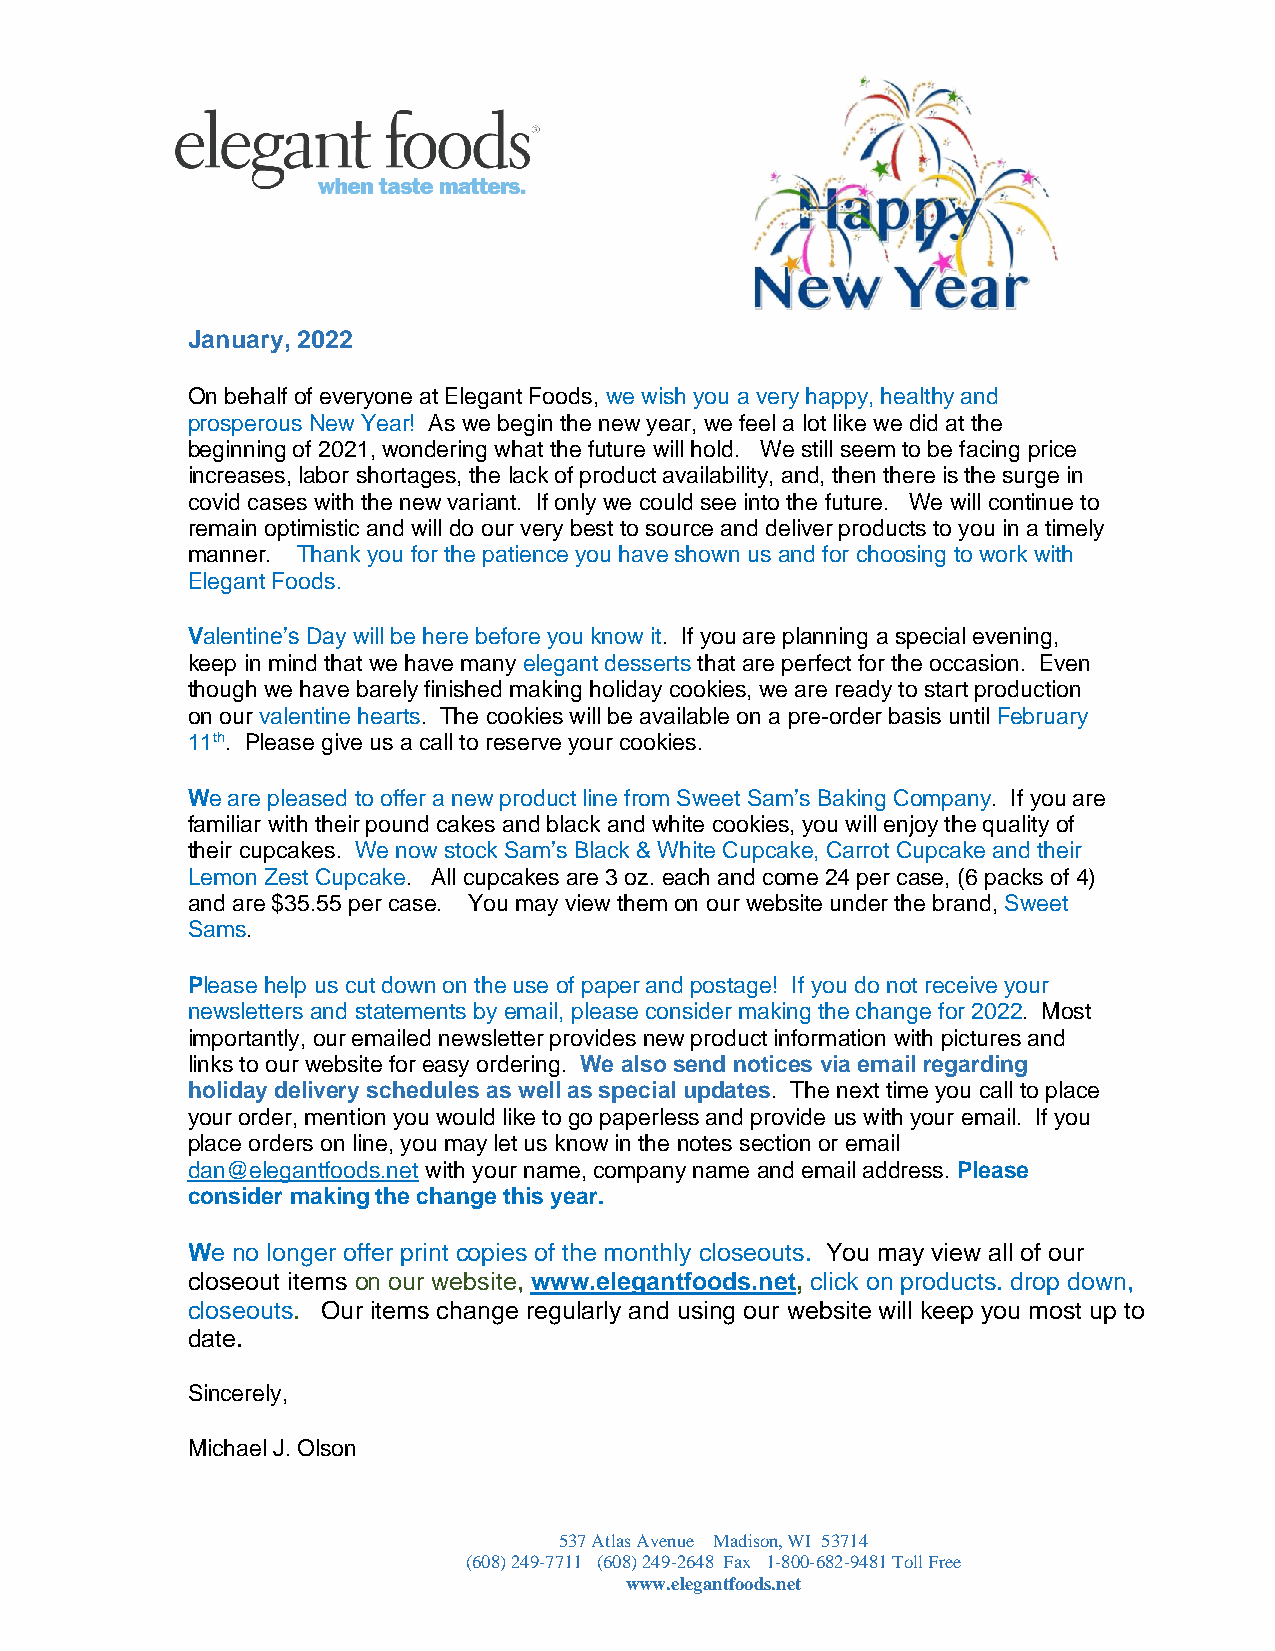
January, 2022
 On behalf of everyone at Elegant Foods, we wish you a very happy, healthy and
 prosperous New Year! As we begin the new year, we feel a lot like we did at the
 beginning of 2021, wondering what the future will hold. We still seem to be facing price
 increases, labor shortages, the lack of product availability, and, then there is the surge in
 covid cases with the new variant. If only we could see into the future. We will continue to
 remain optimistic and will do our very best to source and deliver products to you in a timely
 manner. Thank you for the patience you have shown us and for choosing to work with
 Elegant Foods.
 Valentine’s Day will be here before you know it. If you are planning a special evening,
 keep in mind that we have many elegant desserts that are perfect for the occasion. Even
 though we have barely finished making holiday cookies, we are ready to start production
 on our valentine hearts. The cookies will be available on a pre-order basis until February
 11th. Please give us a call to reserve your cookies.
 We are pleased to offer a new product line from Sweet Sam’s Baking Company. If you are
 familiar with their pound cakes and black and white cookies, you will enjoy the quality of
 their cupcakes. We now stock Sam’s Black & White Cupcake, Carrot Cupcake and their
 Lemon Zest Cupcake. All cupcakes are 3 oz. each and come 24 per case, (6 packs of 4)
 and are $35.55 per case. You may view them on our website under the brand, Sweet
 Sams.
 Please help us cut down on the use of paper and postage! If you do not receive your
 newsletters and statements by email, please consider making the change for 2022. Most
 importantly, our emailed newsletter provides new product information with pictures and
 links to our website for easy ordering. We also send notices via email regarding
 holiday delivery schedules as well as special updates. The next time you call to place
 your order, mention you would like to go paperless and provide us with your email. If you
 place orders on line, you may let us know in the notes section or email
 dan@elegantfoods.net with your name, company name and email address. Please
 consider making the change this year.
 We no longer offer print copies of the monthly closeouts. You may view all of our
 closeout items on our website, www.elegantfoods.net, click on products. drop down,
 closeouts. Our items change regularly and using our website will keep you most up to
 date.
 Sincerely,
 Michael J. Olson
 537 Atlas Avenue Madison, WI 53714
 (608) 249-7711 (608) 249-2648 Fax 1-800-682-9481 Toll Free
 www.elegantfoods.net